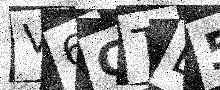
Text: V6GTE5